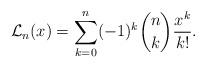
LaTeX: \begin{align*}\mathcal{L}_n(x)= \sum_{k=0}^n (-1)^k{ n \choose k} \frac{x^k }{k!}.\end{align*}